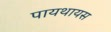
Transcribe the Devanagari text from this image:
पायथायस